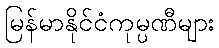
မြန်မာနိုင်ငံကုမ္ပဏီများ